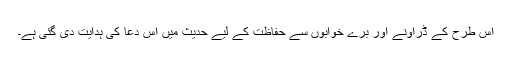
اس طرح کے ڈراؤنے اور برے خوابوں سے حفاظت کے لیے حدیث میں اس دعا کی ہدایت دی گئی ہے۔